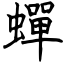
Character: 蟬